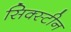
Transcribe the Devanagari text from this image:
सिक्स्टीन